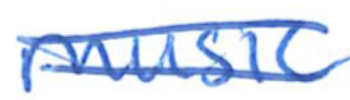
Text: music
Cross-out: double-line
Writing tool: ballpoint